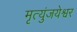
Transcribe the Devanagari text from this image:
मृत्युंजयेश्वर